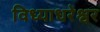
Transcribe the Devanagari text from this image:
विध्याधरेश्वर